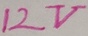
Text: 12V